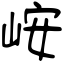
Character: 峖